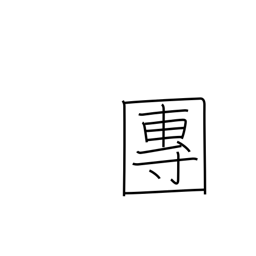
Meaning: association